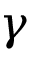
\gamma